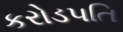
કરોડપતિ